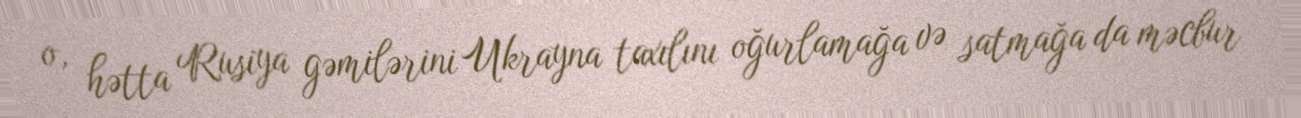
o, hətta Rusiya gəmilərini Ukrayna taxılını oğurlamağa və satmağa da məcbur